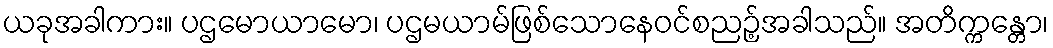
ယခုအခါကား။ ပဌမောယာမော၊ ပဌမယာမ်ဖြစ်သောနေဝင်စညဉ့်အခါသည်။ အတိက္ကန္တော၊